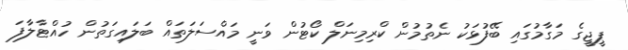
ޕީޖީގެ މަގާމުގައި ބޭފުޅަކު ނެތުމުން ކްރިމިނަލް ކޯޓުން ވަނީ މައްސަލަތައް ބަލައިގަތުން ހުއްޓާލާފަ